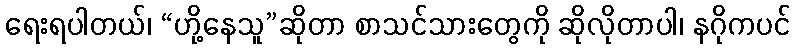
ရေးရပါတယ်၊ “ဟို့နေသူ”ဆိုတာ စာသင်သားတွေကို ဆိုလိုတာပါ၊ နဂိုကပင်